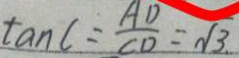
\tan C = \frac { A D } { C D } = \sqrt { 3 } .